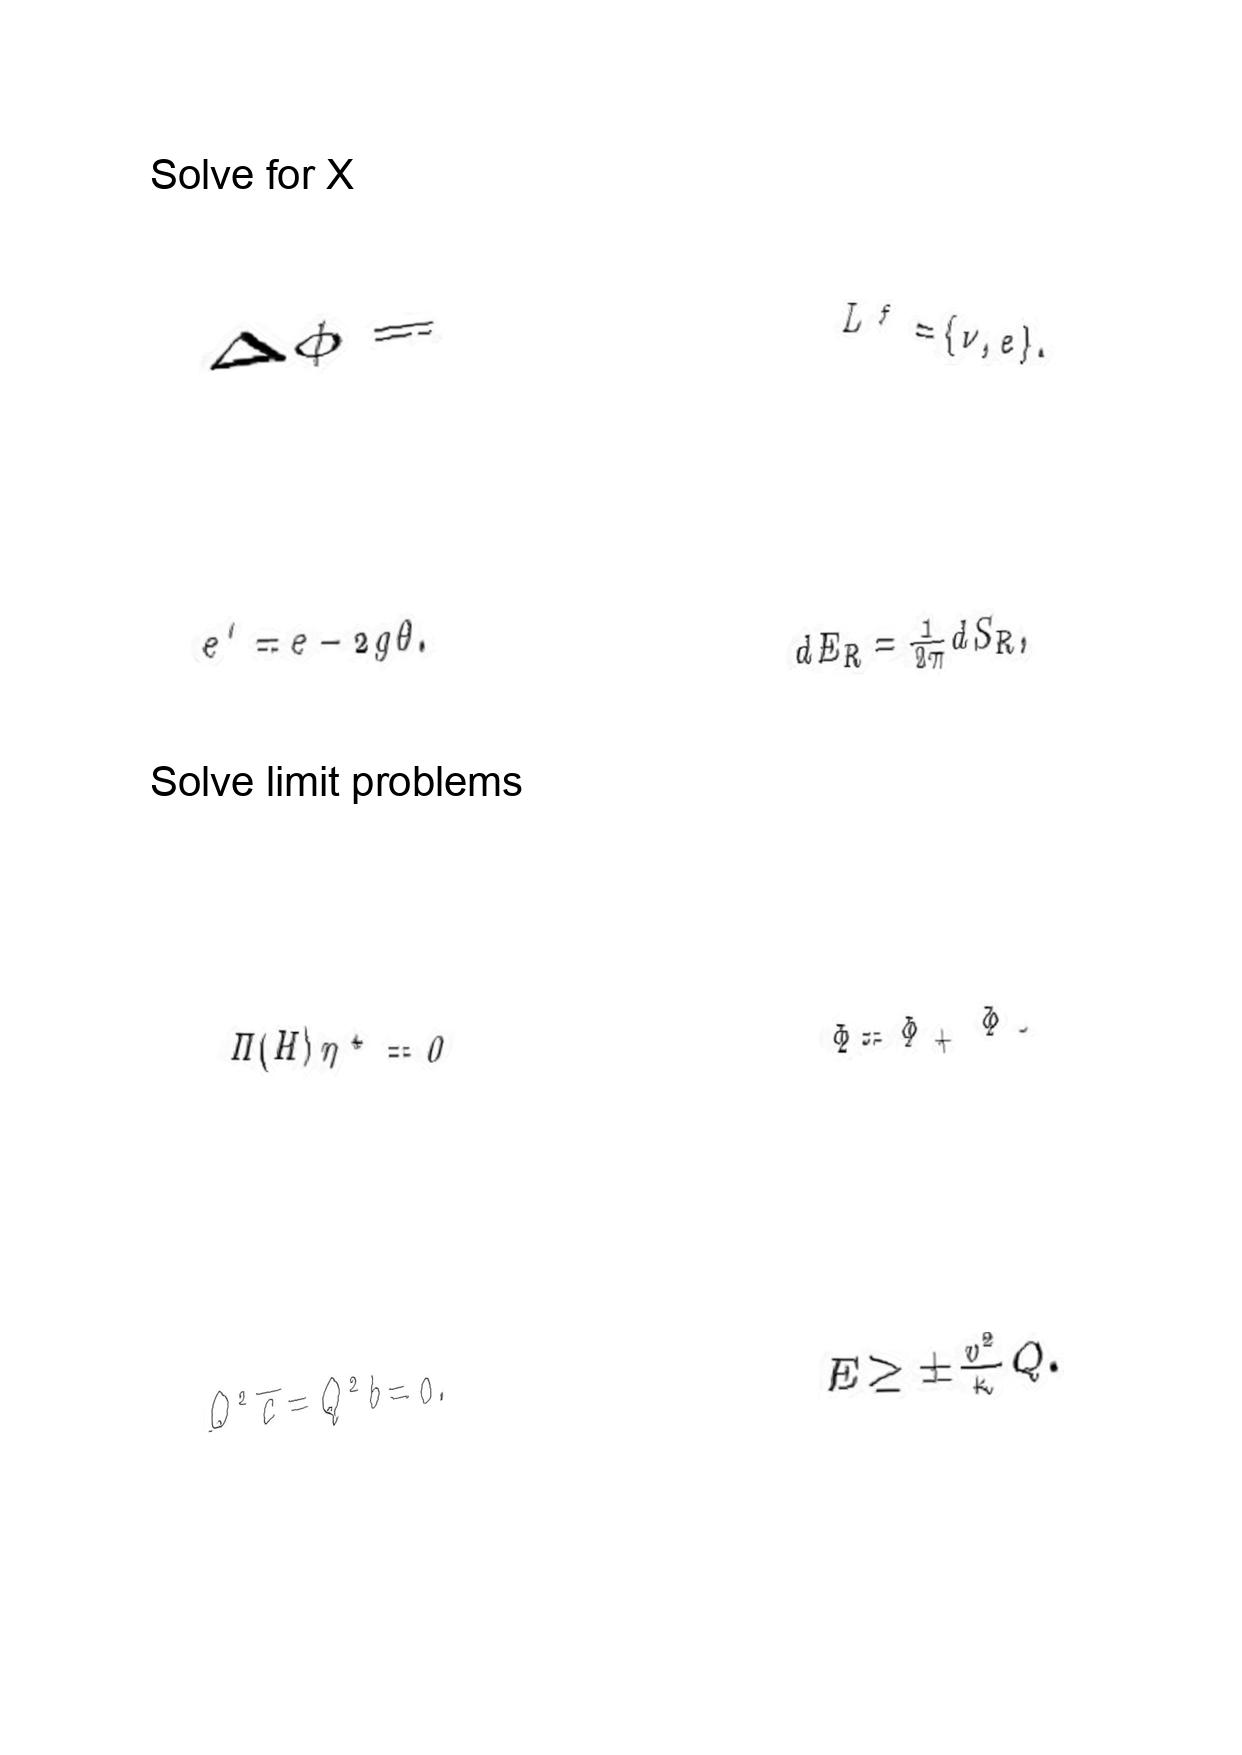
LaTeX transcription:
\Delta \phi =
e ^ { \prime } = e - 2 g \theta .
\Pi \lparen H \rparen \eta ^ { \star } = 0
Q ^ { 2 } \overline { c } = Q ^ { 2 } b = 0 .
L ^ { f } = \lbrace \nu , e \rbrace .
d E _ { R } = \frac { 1 } { 2 \pi } d S _ { R } ,
\Phi = \Phi _ { + } \Phi _ { - }
E \ge \pm \frac { v ^ { 2 } } { \kappa } Q .